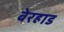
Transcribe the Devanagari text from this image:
बेरहाड